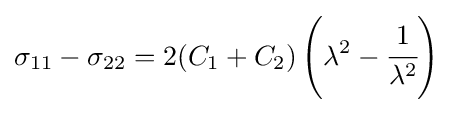
\sigma _{11}-\sigma _{22}=2(C_{1}+C_{2})\left(\lambda ^{2}-{\cfrac {1}{\lambda ^{2}}}\right)